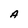
Character: A